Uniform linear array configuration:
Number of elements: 48
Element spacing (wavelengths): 0.25
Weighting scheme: blackman
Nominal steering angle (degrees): -45
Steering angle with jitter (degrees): -43.288
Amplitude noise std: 0.05
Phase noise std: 0.05

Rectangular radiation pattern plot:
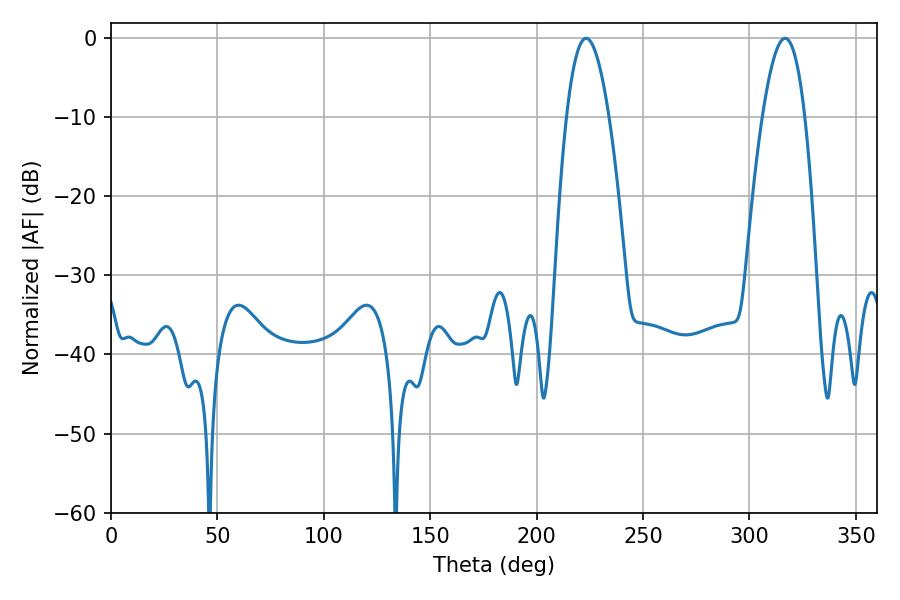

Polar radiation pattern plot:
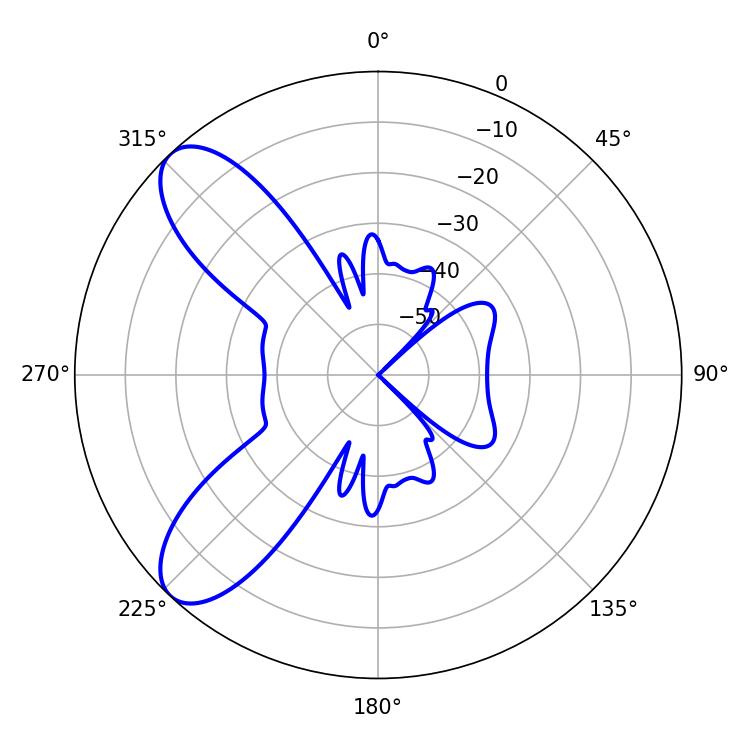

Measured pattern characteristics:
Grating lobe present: FALSE
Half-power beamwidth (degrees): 10.98
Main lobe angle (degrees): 223.2